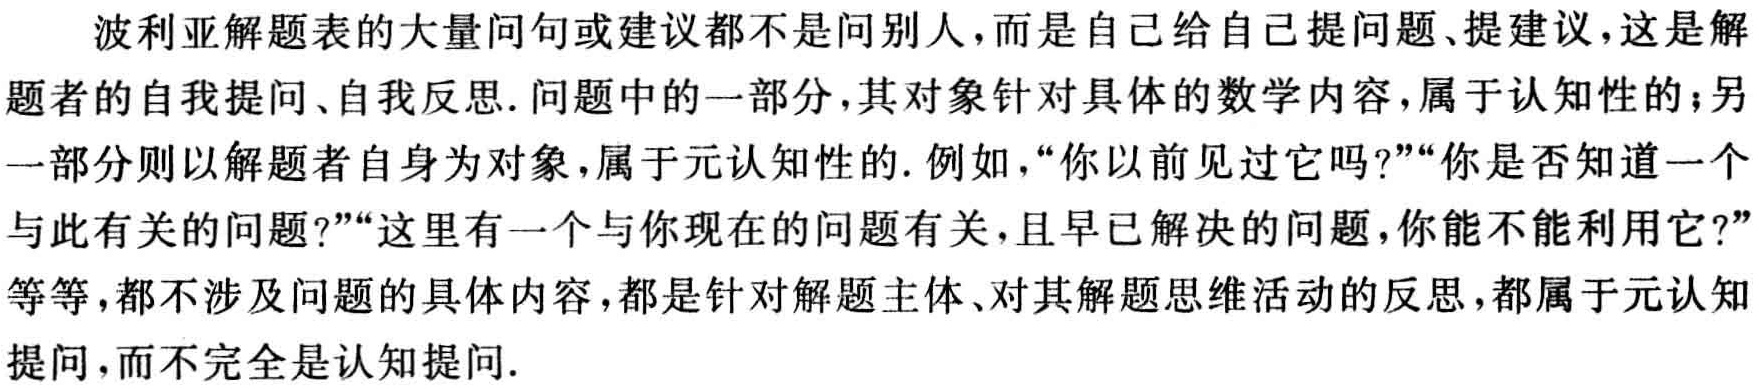
波利亚解题表的大量问句或建议都不是问别人，而是自己给自己提问题、提建议，这是解题者的自我提问、自我反思. 问题中的一部分，其对象针对具体的数学内容，属于认知性的；另一部分则以解题者自身为对象，属于元认知性的. 例如，“你以前见过它吗?”“你是否知道一个与此有关的问题?”“这里有一个与你现在的问题有关，且早已解决的问题，你能不能利用它?”等等，都不涉及问题的具体内容，都是针对解题主体、对其解题思维活动的反思，都属于元认知提问，而不完全是认知提问.